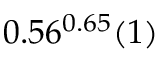
0 . 5 6 ^ { 0 . 6 5 } ( 1 )